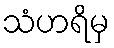
သံဟရိမှ